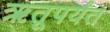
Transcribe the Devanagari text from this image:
ऋतूपर्यंत